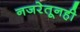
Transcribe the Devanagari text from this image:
नजरेतूनही